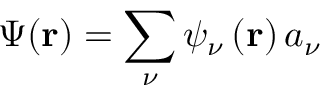
\Psi ( \mathbf { r } ) = \sum _ { \nu } \psi _ { \nu } \left( \mathbf { r } \right) a _ { \nu }